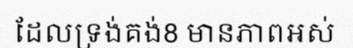
ដែលទ្រង់គង់8 មានភាពអស់